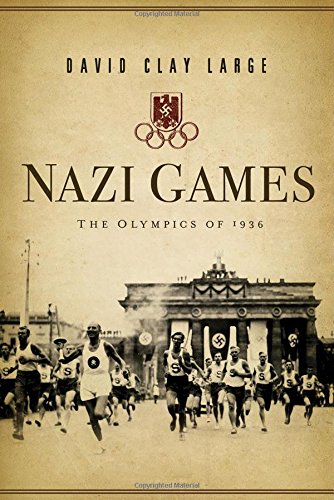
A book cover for Nazi Games: The Olympics of 1936; David Clay Large; Sports & Outdoors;